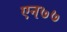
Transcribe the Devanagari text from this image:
एन७७